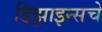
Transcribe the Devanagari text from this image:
डिझाइन्सचे